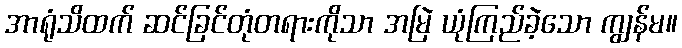
အာရုံသိထက် ဆင်ခြင်တုံတရားကိုသာ အမြဲ ယုံကြည်ခဲ့သော ကျွန်မ။